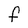
Character: F